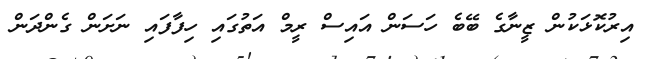
އިރުކޮޅަކުން ޒީނާގެ ބޭބެ ހަސަން އައިސް ރީމް އަތުގައި ހިފާފައި ނަށަން ގެންދަން